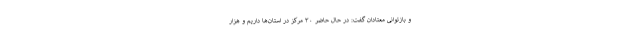
و بازتوانی معتادان گفت: در حال حاضر ۳۰ مرکز در استان‌ها داریم و هزار